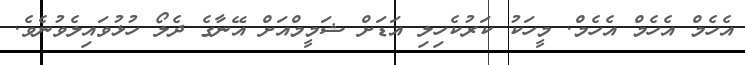
އެހެމް އެހެމް އެހެމް. މީހަކު ކަރުކެހިލި އަޑަށް ޝަމީމްއަށް އޭނާގެ ދެލޯ ހުޅުވައިލެވުނެވެ.